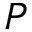
P